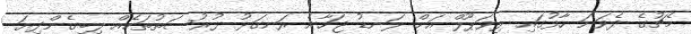
މެޗުގެ ދެވަނަ ހާފުގައި ލިވަޕޫލް އަށް ލަނޑު ޖަހާނެ ރަނގަޅު ފުރުސަތުތަކެއް ލިބިގެންދިޔަ